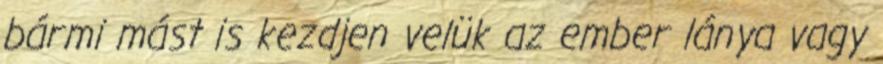
bármi mást is kezdjen velük az ember lánya vagy